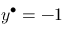
y ^ { \bullet } = - 1